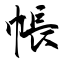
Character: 帳